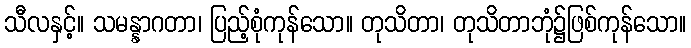
သီလနှင့်။ သမန္နာဂတာ၊ ပြည့်စုံကုန်သော။ တုသိတာ၊ တုသိတာဘုံ၌ဖြစ်ကုန်သော။